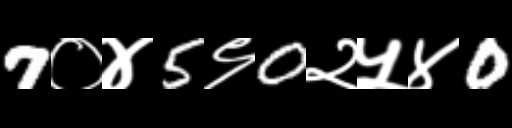
Text: 7०४5९0२५४0